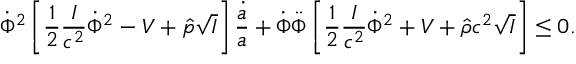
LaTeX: \dot { \Phi } ^ { 2 } \left[ { \frac { 1 } { 2 } } { \frac { I } { c ^ { 2 } } } \dot { \Phi } ^ { 2 } - V + \hat { p } \sqrt { I } \right] { \frac { \dot { a } } { a } } + \dot { \Phi } \ddot { \Phi } \left[ { \frac { 1 } { 2 } } { \frac { I } { c ^ { 2 } } } \dot { \Phi } ^ { 2 } + V + \hat { \rho } c ^ { 2 } \sqrt { I } \right] \leq 0 .